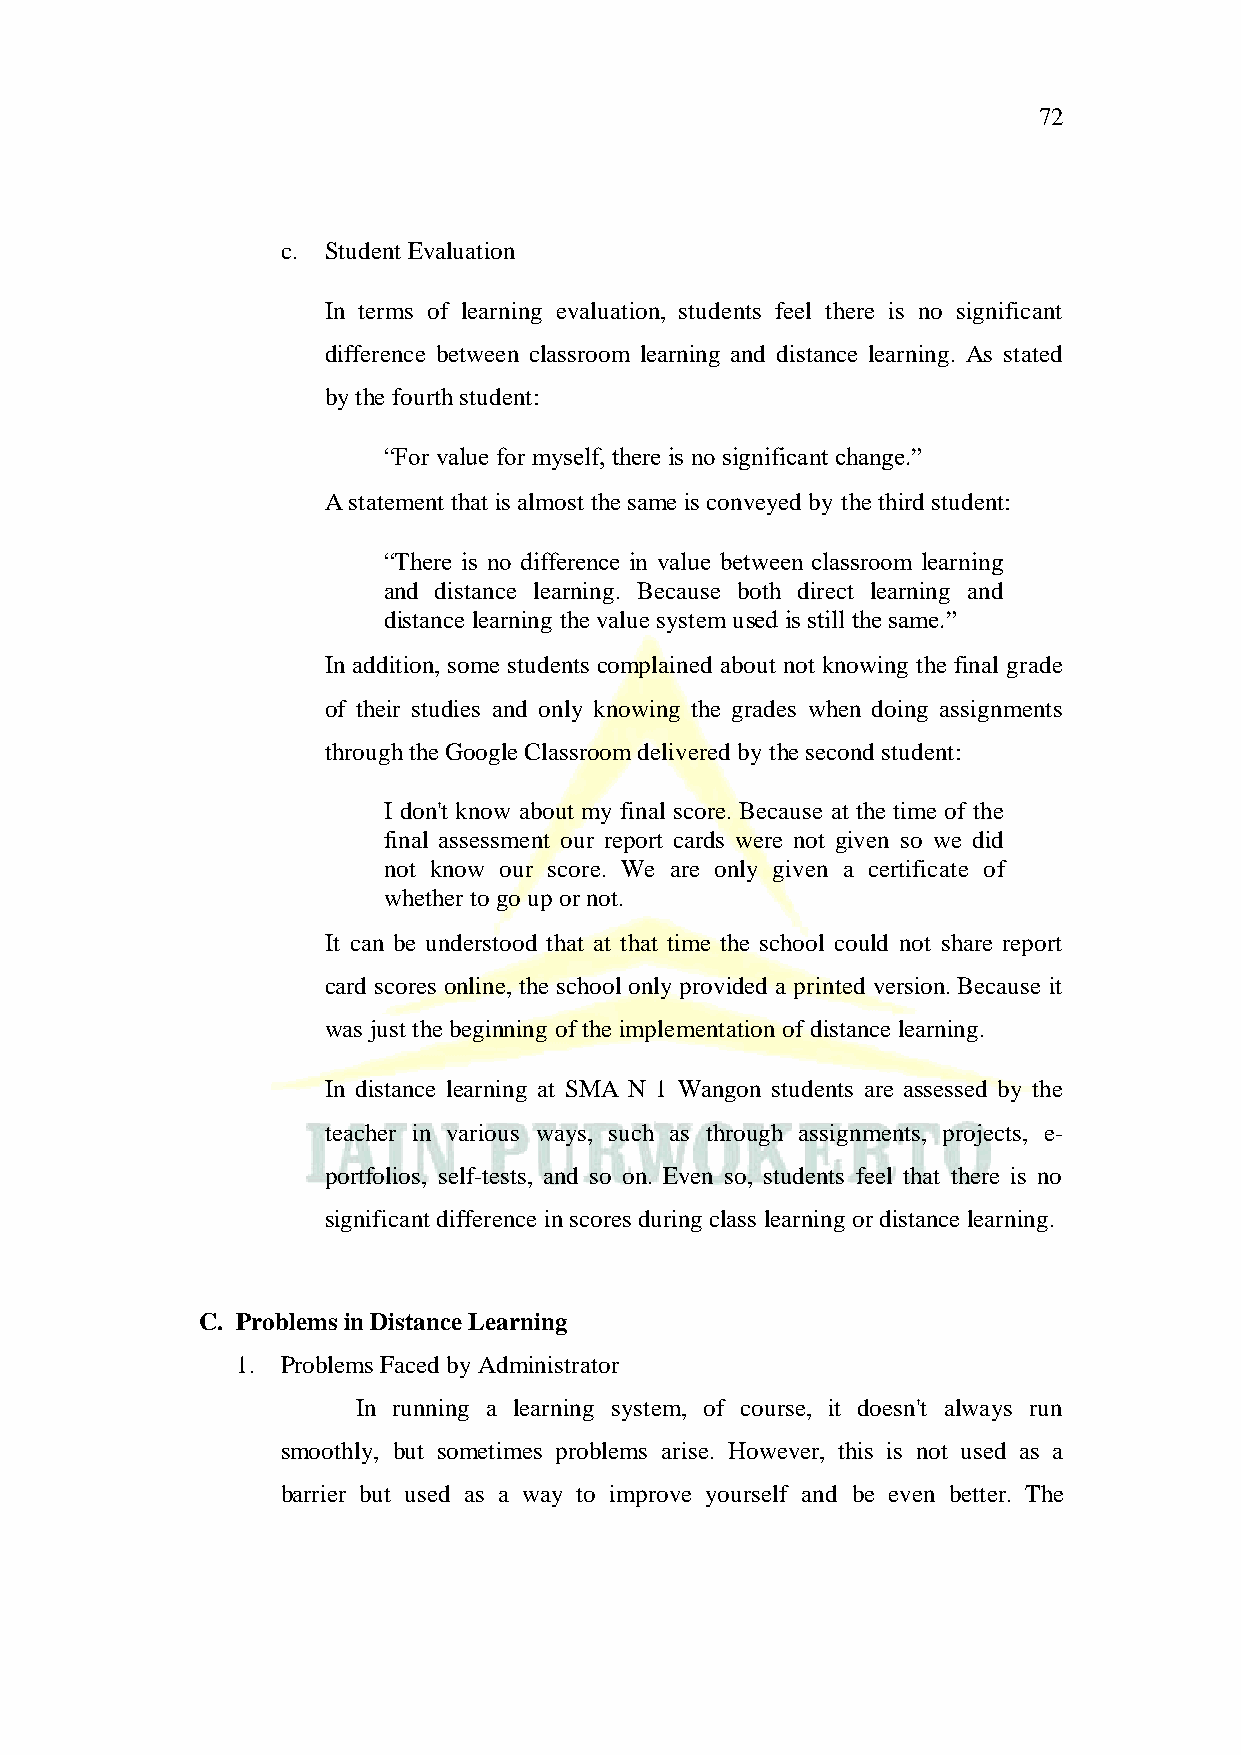
72
 c. Student Evaluation
 In terms of learning evaluation, students feel there is no significant
 difference between classroom learning and distance learning. As stated
 by the fourth student:
 “For value for myself, there is no significant change.”
 A statement that is almost the same is conveyed by the third student:
 “There is no difference in value between classroom learning
 and distance learning. Because both direct learning and
 distance learning the value system used is still the same.”
 In addition, some students complained about not knowing the final grade
 of their studies and only knowing the grades when doing assignments
 through the Google Classroom delivered by the second student:
 I don't know about my final score. Because at the time of the
 final assessment our report cards were not given so we did
 not know our score. We are only given a certificate of
 whether to go up or not.
 It can be understood that at that time the school could not share report
 card scores online, the school only provided a printed version. Because it
 was just the beginning of the implementation of distance learning.
 In distance learning at SMA N 1 Wangon students are assessed by the
 teacher in various ways, such as through assignments, projects, e-
 portfolios, self-tests, and so on. Even so, students feel that there is no
 significant difference in scores during class learning or distance learning.
 C. Problems in Distance Learning
 1. Problems Faced by Administrator
 In running a learning system, of course, it doesn't always run
 smoothly, but sometimes problems arise. However, this is not used as a
 barrier but used as a way to improve yourself and be even better. The